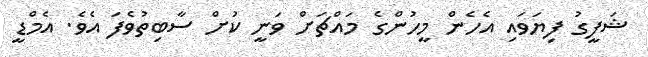
ޝަފީގު ފިޔަވައި އެހެން މީހުންގެ މައްޗަށް ވަނީ ކުށް ސާބިތުވެފަ އެވެ. އެމްޑީ